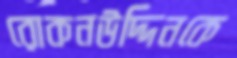
রোকনউদ্দিনকে